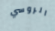
الروسي